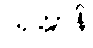
ယုတ္တာနိ